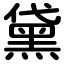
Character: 黛